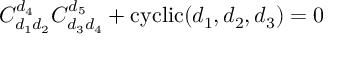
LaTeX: C _ { d _ { 1 } d _ { 2 } } ^ { d _ { 4 } } C _ { d _ { 3 } d _ { 4 } } ^ { d _ { 5 } } + \mathrm { c y c l i c } ( d _ { 1 } , d _ { 2 } , d _ { 3 } ) = 0